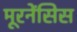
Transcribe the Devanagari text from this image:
मूरनेंसिस